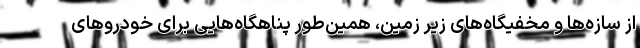
از سازه‌ها و مخفیگاه‌های زیر زمین، همین‌طور پناهگاه‌هایی برای خودروهای